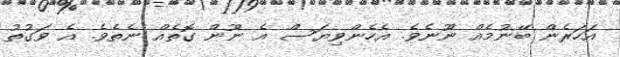
އަހަރެން ބޭނުމެއް ނޫނެވެ. އެހެންވިޔަސް އެ ނޫން ގޮތެއް ނެތެވެ. އެ ވަގުތު